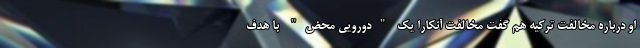
او درباره مخالفت ترکیه هم گفت مخالفت آنکارا یک "دورویی محض" با هدف